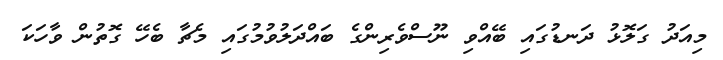
މިއަދު ގަލޮޅު ދަނޑުގައި ބޭއްވި ނޫސްވެރިންގެ ބައްދަލުވުމުގައި މެޗާ ބެހޭ ގޮތުން ވާހަކަ